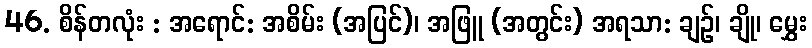
46. စိန်တလုံး : အရောင်: အစိမ်း (အပြင်)၊ အဖြူ (အတွင်း) အရသာ: ချဉ်၊ ချို၊ မွှေး